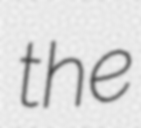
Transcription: the